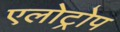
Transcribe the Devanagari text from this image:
एलोट्रोप